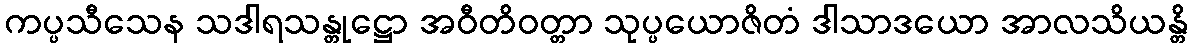
ကပ္ပသီသေန သဒါရသန္တုဋ္ဌော အဝီတိဝတ္တာ သုပ္ပယောဇိတံ ဒါသာဒယော အာလသိယန္တိ